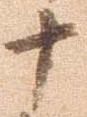
十